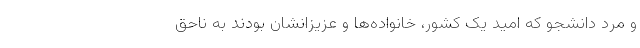
و مرد دانشجو که امید یک کشور، خانواده‌ها و عزیزانشان بودند به ناحق